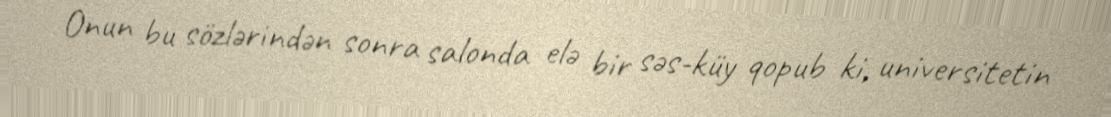
Onun bu sözlərindən sonra salonda elə bir səs-küy qopub ki, universitetin